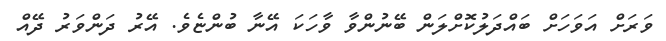
ވަރަށް އަވަހަށް ބައްދަލުކޮށްލަން ބޭނުންވާ ވާހަކަ އޭނާ ބުންޏެވެ. އޭރު ދަންވަރު ދޭއް